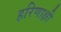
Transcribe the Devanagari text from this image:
हरिणाक्षी